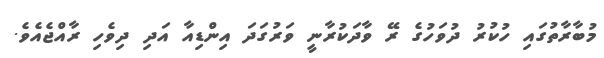
މުބާރާތުގައި ހުކުރު ދުވަހުގެ ރޭ ވާދަކުރާނީ ވަރުގަދަ އިންޑިއާ އަދި ދިވެހި ރާއްޖެއެވެ.